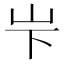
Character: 𪨢